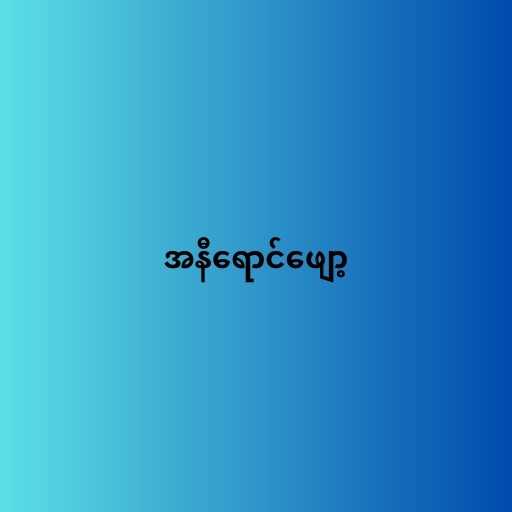
အနီရောင်ဖျော့